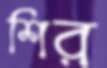
শির